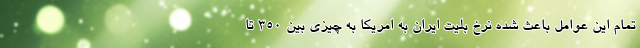
تمام این عوامل باعث شده نرخ بلیت ایران به امریکا به چیزی بین 350 تا